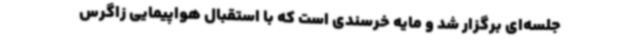
جلسه‌ای برگزار شد و مایه خرسندی‌ است که با استقبال هواپیمایی زاگرس